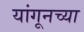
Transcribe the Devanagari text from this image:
यांगूनच्या